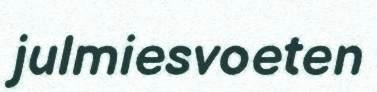
julmiesvoeten